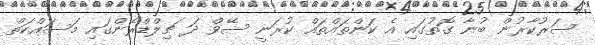
ސަރުކާރުން ބުނާ ގޮތުގައި އެ ކަންތައްތައް ކުރަނީ ސޭވް ދަ ޗިލްޑްރެންގައި މަސައްކަތް